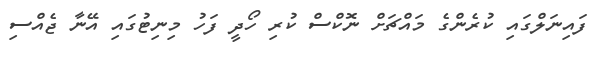
ފައިނަލްގައި ކުރެންގެ މައްޗަށް ނޮކްސް ކުރި ހޯދީ ފަހު މިނިޓުގައި އޭނާ ޖެއްސި